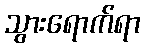
သွားရောက်ရာ